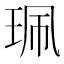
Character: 珮